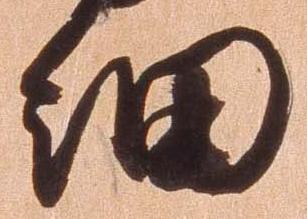
細